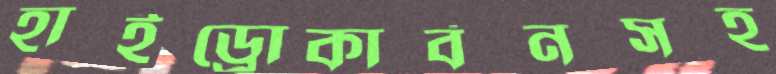
হাইড্রোকার্বনসহ